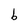
Character: b